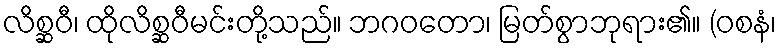
လိစ္ဆဝီ၊ ထိုလိစ္ဆဝီမင်းတို့သည်။ ဘဂဝတော၊ မြတ်စွာဘုရား၏။ (ဝစနံ၊